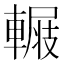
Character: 𨍺